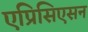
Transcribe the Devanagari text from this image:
एप्रिसिएसन